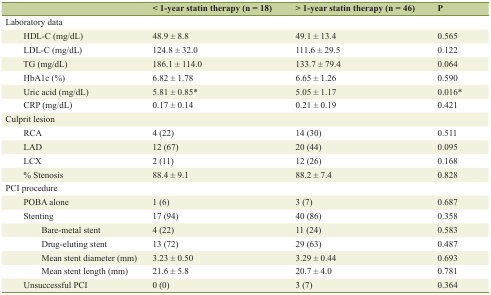
<table><thead><tr><td></td><td><b>&lt; 1-year statin therapy (n = 18)</b></td><td><b>&gt; 1-year statin therapy (n = 46)</b></td><td><b>P</b></td></tr></thead><tbody><tr><td>Laboratory data</td><td></td><td></td><td></td></tr><tr><td>HDL-C (mg/dL)</td><td>48.9 ± 8.8</td><td>49.1 ± 13.4</td><td>0.565</td></tr><tr><td>LDL-C (mg/dL)</td><td>124.8 ± 32.0</td><td>111.6 ± 29.5</td><td>0.122</td></tr><tr><td>TG (mg/dL)</td><td>186.1 ± 114.0</td><td>133.7 ± 79.4</td><td>0.064</td></tr><tr><td>HbA1c (%)</td><td>6.82 ± 1.78</td><td>6.65 ± 1.26</td><td>0.590</td></tr><tr><td>Uric acid (mg/dL)</td><td>5.81 ± 0.85*</td><td>5.05 ± 1.17</td><td>0.016*</td></tr><tr><td>CRP (mg/dL)</td><td>0.17 ± 0.14</td><td>0.21 ± 0.19</td><td>0.421</td></tr><tr><td>Culprit lesion</td><td></td><td></td><td></td></tr><tr><td>RCA</td><td>4 (22)</td><td>14 (30)</td><td>0.511</td></tr><tr><td>LAD</td><td>12 (67)</td><td>20 (44)</td><td>0.095</td></tr><tr><td>LCX</td><td>2 (11)</td><td>12 (26)</td><td>0.168</td></tr><tr><td>% Stenosis</td><td>88.4 ± 9.1</td><td>88.2 ± 7.4</td><td>0.828</td></tr><tr><td>PCI procedure</td><td></td><td></td><td></td></tr><tr><td>POBA alone</td><td>1 (6)</td><td>3 (7)</td><td>0.687</td></tr><tr><td>Stenting</td><td>17 (94)</td><td>40 (86)</td><td>0.358</td></tr><tr><td>Bare-metal stent</td><td>4 (22)</td><td>11 (24)</td><td>0.583</td></tr><tr><td>Drug-eluting stent</td><td>13 (72)</td><td>29 (63)</td><td>0.487</td></tr><tr><td>Mean stent diameter (mm)</td><td>3.23 ± 0.50</td><td>3.29 ± 0.44</td><td>0.693</td></tr><tr><td>Mean stent length (mm)</td><td>21.6 ± 5.8</td><td>20.7 ± 4.0</td><td>0.781</td></tr><tr><td>Unsuccessful PCI</td><td>0 (0)</td><td>3 (7)</td><td>0.364</td></tr></tbody></table>